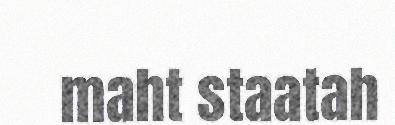
maht staatah